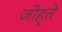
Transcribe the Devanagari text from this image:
जोह्ते